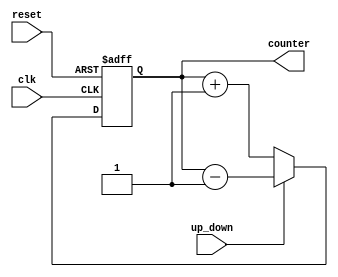
//nithish selva m 20l136//
module updowncounter(input clk, reset,up_down, output[3:0]  counter
    );
reg [3:0] counter_up_down;

// down counter
always @(posedge clk or posedge reset)
begin
if(reset)
 counter_up_down <= 4'b0;
else if(~up_down)
 counter_up_down <= counter_up_down + 4'd1;
else
 counter_up_down <= counter_up_down - 4'd1;
end 
assign counter = counter_up_down;
endmodule